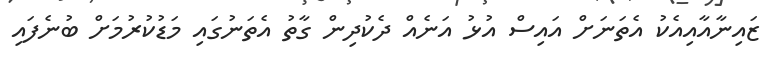
ޒައިނާއާއިއެކު އެތަނަށް އައިސް އުޅުު އަނެއް ދެކުދިން ގާތު އެތަނުގައި މަޑުކުރުމަށް ބުނެފައި